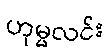
ဟုမ္မလင်း